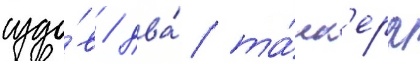
судо́в / два́ та́нк'ера